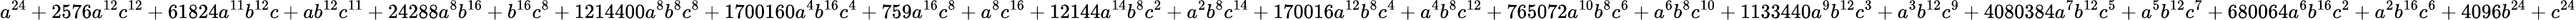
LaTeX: a^{24}+2576a^{12}c^{12}+61824a^{11}b^{12}c+ab^{12}c^{11}+24288a^{8}b^{16}+b^{16}c^{8}+1214400a^{8}b^{8}c^{8}+1700160a^{4}b^{16}c^{4}+759a^{16}c^{8}+a^{8}c^{16}+12144a^{14}b^{8}c^{2}+a^{2}b^{8}c^{14}+170016a^{12}b^{8}c^{4}+a^{4}b^{8}c^{12}+765072a^{10}b^{8}c^{6}+a^{6}b^{8}c^{10}+1133440a^{9}b^{12}c^{3}+a^{3}b^{12}c^{9}+4080384a^{7}b^{12}c^{5}+a^{5}b^{12}c^{7}+680064a^{6}b^{16}c^{2}+a^{2}b^{16}c^{6}+4096b^{24}+c^{24}